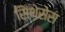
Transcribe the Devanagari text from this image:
सिंथेसेस